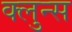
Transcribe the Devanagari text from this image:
क्लुन्स